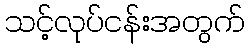
သင့်လုပ်ငန်းအတွက်